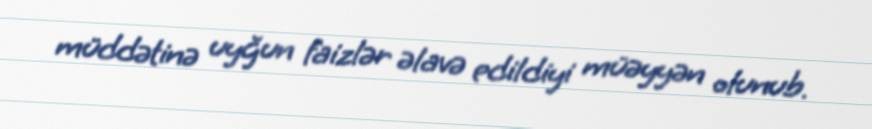
müddətinə uyğun faizlər əlavə edildiyi müəyyən olunub.